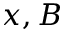
x , B